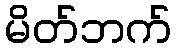
မိတ်ဘက်